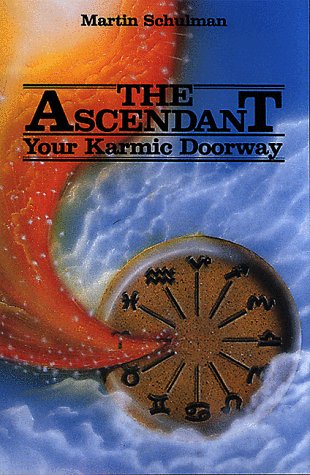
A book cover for The Ascendant: Your Karmic Doorway; Martin Schulman; Religion & Spirituality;